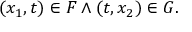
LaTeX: ( x _ { 1 } , t ) \in F \land ( t , x _ { 2 } ) \in G .